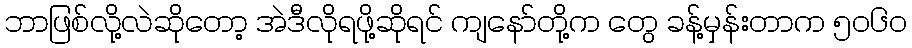
ဘာဖြစ်လို့လဲဆိုတော့ အဲဒီလိုရဖို့ဆိုရင် ကျနော်တို့က တွေ ခန့်မှန်းတာက ၅၀၆၀